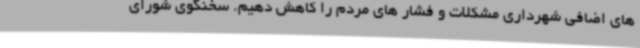
های اضافی شهرداری مشکلات و فشار های مردم ‌را کاهش دهیم. سخنگوی شورای